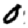
Digit: 0